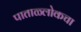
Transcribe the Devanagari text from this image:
पाताळ्लोकचा